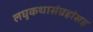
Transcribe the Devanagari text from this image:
लघुकथासंग्रहांसह